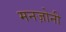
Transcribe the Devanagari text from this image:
मनज़ोनी